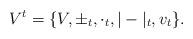
LaTeX: \begin{align*}V^{t}=\{V,\pm_{t},\cdot_{t}, |-|_{t},v_{t}\}.\end{align*}